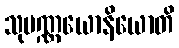
သုပဏ္ဏယောနိယောတိ